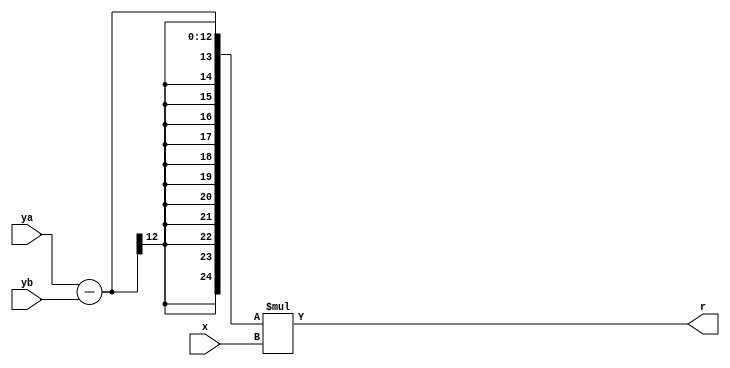
module op1(
		input [11:0] ya,
		input [11:0] yb,
		input [11:0] x,
		output [24:0] r
	);

	assign r = (ya - yb) * x;

endmodule	

module op2(
		input [11:0] ya,
		input [11:0] yb,
		input [11:0] x,
		input [24:0] t1,
		output [25:0] r
	);
	wire signed [24:0] fio;

	op1 calculo1(ya, yb, x, fio);

	assign r = fio + t1;

endmodule

module op3(
		input [11:0] ya,
		input [11:0] yb,
		input [11:0] x,
		input [25:0] t1,
		output [24:0] r
	);
	wire signed [24:0] fio;

	op1 calculo1(ya, yb, x, fio);

	assign r = fio + t1;

endmodule

module area(
		input [11:0] p1x,
		input [11:0] p1y,
		input [11:0] p2x,
		input [11:0] p2y,
		input [11:0] p3x,
		input [11:0] p3y,
		output [73:0] t4
	);
	
	reg [24:0] rt4;
	reg [24:0] t1;
	reg [25:0] t2;
	reg [24:0] t3;

	wire signed [24:0] f1;
	wire signed [25:0] f2;
	wire signed [24:0] f3;

	assign t4 = rt4;
	assign f1 = t1;
	assign f2 = t2;
	assign f3 = t3;

	op1 calculo1(p2y, p3y, p1x, f1);
	op2 calculo2(p3y, p1y, p2x, f1, f2);
	op3 calculo3(p3y, p1y, p2x, f2, f3);

	always @(posedge t3) begin
		if (t3 < 0) begin
			rt4 = t3 * (-1);
		end
		else begin
			rt4 = t3;
		end
	end

endmodule

module main(
		input [11:0] p1x,
		input [11:0] p1y,
		input [11:0] p2x,
		input [11:0] p2y,
		input [11:0] p3x,
		input [11:0] p3y,
		input [11:0] ptx,
		input [11:0] pty,
		output saida
	);

	wire signed [73:0] s1;
	wire signed [73:0] s2;
	wire signed [73:0] s3;
	wire signed [73:0] s4;

	reg rsaida;
	reg [73:0] r1;
	reg [73:0] r2;
	reg [73:0] r3;
	reg [73:0] r4;

	assign saida = rsaida;
	assign s1 = r1;
	assign s2 = r2;
	assign s3 = r3;
	assign s4 = r4;

	assign p1x = 2;
	assign p1y = 23;
	assign p2x = 1;
	assign p2y = 25;
	assign p3x = 6;
	assign p3y = 25;
	assign ptx = 5;
	assign pty = 23;

	area area1(p1x, p1y, p2x, p2y, p3x, p3y, s1);
	area area2(p1x, p1y, p2x, p2y, ptx, pty, s2);
	area area3(p2x, p2y, p3x, p3y, ptx, pty, s3);
	area area4(p3x, p3y, p1x, p1y, ptx, pty, s4);

	always @(posedge s4) begin
		if (s1 == s2 + s3 + s4) begin
			rsaida = 1;
		end
		else begin
			rsaida = 0;
		end
	end

	initial begin
    	$dumpvars(0, main);
	    #500;
	    $finish;
  	end

endmodule